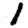
Digit: 1